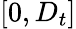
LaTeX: [0,D_{t}]